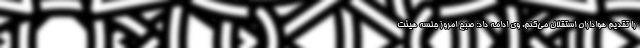
را تقدیم هواداران استقلال می‌کنم. وی ادامه داد: صبح امروز جلسه هیئت